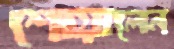
শোয়ালেন